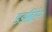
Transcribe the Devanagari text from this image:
डडब्रिटेन